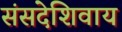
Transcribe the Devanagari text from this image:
संसदेशिवाय